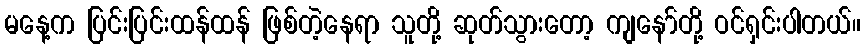
မနေ့က ပြင်းပြင်းထန်ထန် ဖြစ်တဲ့နေရာ သူတို့ ဆုတ်သွားတော့ ကျနော်တို့ ဝင်ရှင်းပါတယ်။